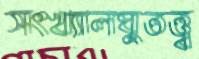
সংখ্যালঘুতত্ত্ব